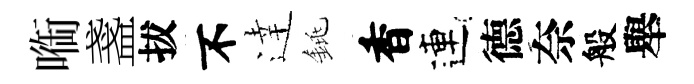
㗸盞拔不逹銚香連德奈般舉